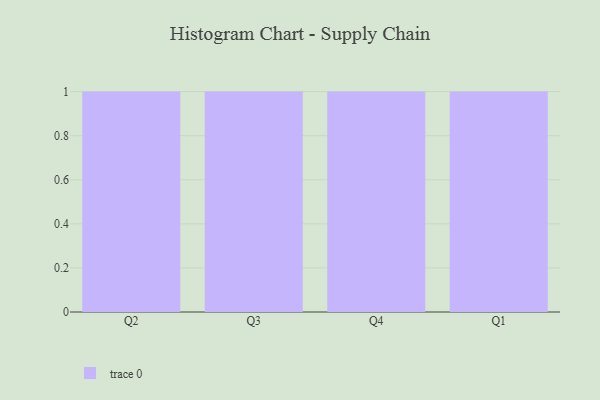
{"axis": {"x": "Quarter", "y": "LTV (USD)"}, "legend": [""], "data": [{"x": "Q2", "y": 86, "type": ""}, {"x": "Q3", "y": 5, "type": ""}, {"x": "Q4", "y": 80, "type": ""}, {"x": "Q1", "y": 17, "type": ""}]}